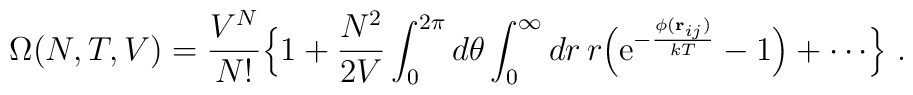
\Omega(N,T,V)={V^N \over N!}\Bigl\{1+{N^2 \over 2V}\int_0^{2\pi}d\theta\int_0^\infty dr\, r\Bigl({\rm e}^{-{\phi({\bf r}_{ij}) \over kT}}-1\Bigr)+\cdots \Bigr\}\ .